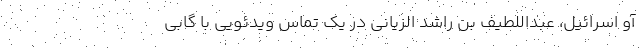
آو اسرائیل، عبداللطیف بن راشد الزیانی در یک تماس ویدئویی با گابی